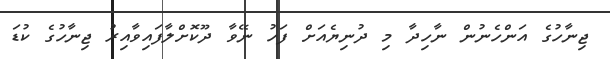
ޖިނާހުގެ އަންހެނުން ނާހިދާ މި ދުނިޔެއަށް ފަހު ނޭވާ ދޫކޮށްލާފައިވާއިރު ޖިނާހުގެ ކުޑަ